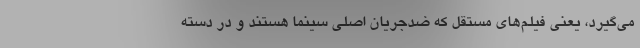
می‌گیرد، یعنی فیلم‌های مستقل که ضد‌جریان اصلی سینما هستند و در دسته